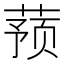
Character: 蓣